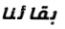
بقائنا